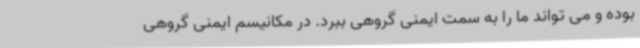
بوده و می تواند ما را به سمت ایمنی گروهی ببرد. در مکانیسم ایمنی گروهی